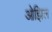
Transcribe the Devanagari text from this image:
ओझिल